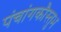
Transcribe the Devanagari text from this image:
पंचांगकौस्तुभ